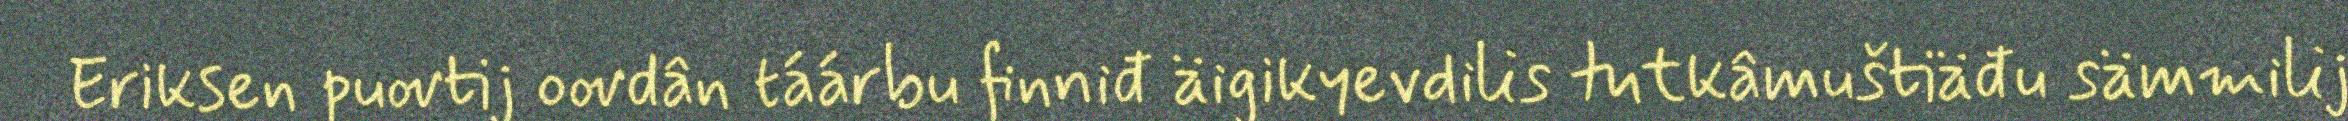
Eriksen puovtij oovdân táárbu finniđ äigikyevdilis tutkâmuštiäđu sämmilij